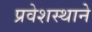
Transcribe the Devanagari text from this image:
प्रवेशस्थाने